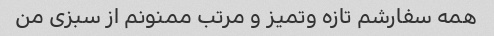
همه سفارشم تازه و‌تمیز و مرتب ممنونم از سبزی من